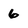
Character: 6